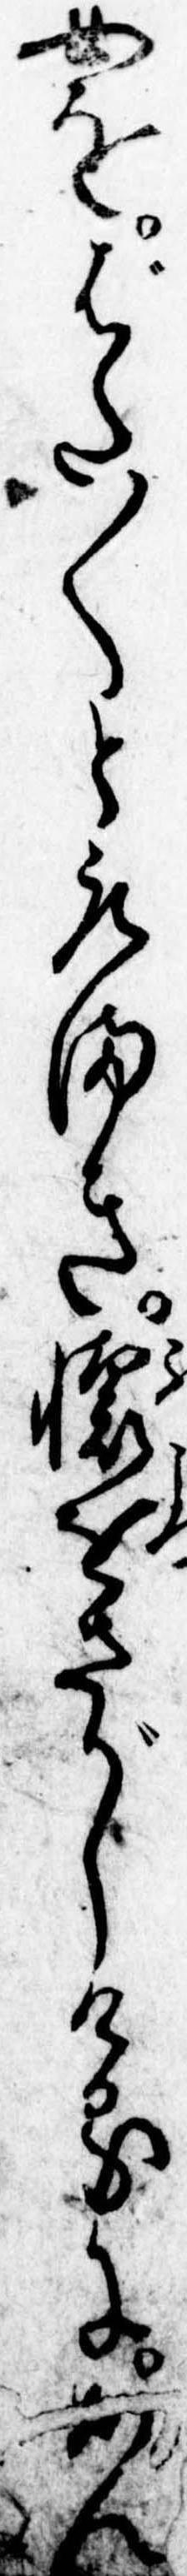
女をばた〱と取まき懐をさがしけるにあん